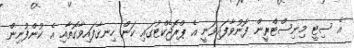
އެ ސިޓީ މިނިސްޓްރީން ފޮނުވާފައިވަނީ އެ ޕްރޮޖެކްޓުގައި ކަން ހިނގާފައިވާގޮތާއި އެ ކުންފުނިން